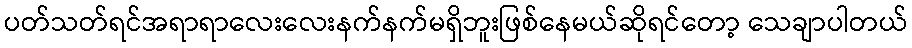
ပတ်သတ်ရင်အရာရာလေးလေးနက်နက်မရှိဘူးဖြစ်နေမယ်ဆိုရင်တော့ သေချာပါတယ်